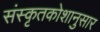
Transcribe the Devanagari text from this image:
संस्कृतकोशानुसार